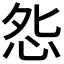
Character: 𭜥